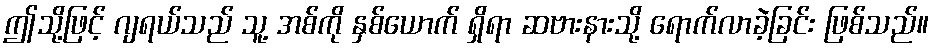
ဤသို့ဖြင့် ဂျရယ်သည် သူ့ အစ်ကို နှစ်ယောက် ရှိရာ ဆဗားနားသို့ ရောက်လာခဲ့ခြင်း ဖြစ်သည်။